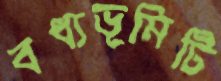
বধ্যভূমিটি